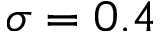
\sigma = 0 . 4